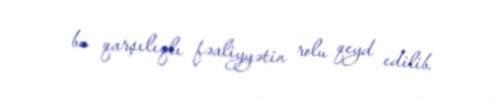
bu qarşılıqlı fəaliyyətin rolu qeyd edilib.